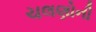
ચલણોની